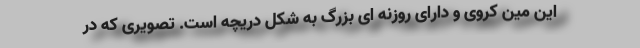
این مین کروی و دارای روزنه ای بزرگ به شکل دریچه است. تصویری که در